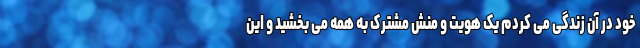
خود در آن زندگی می کردم یک هویت و منش مشترک به همه می بخشید و این